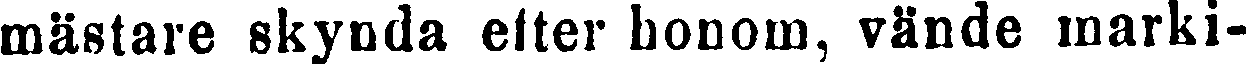
mästare skynda efter honom, vände marki-